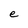
Character: e